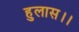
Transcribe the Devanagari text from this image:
हुलास।।